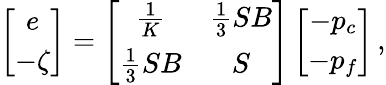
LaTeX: \left[\begin{array}{c}{e}\\ {-\zeta}\end{array}\right]=\left[\begin{array}{ccc}{\frac{1}{K}}&{\frac{1}{3}SB}\\ {\frac{1}{3}SB}&{S}\end{array}\right]\left[\begin{array}{c}{-p_{c}}\\ {-p_{f}}\end{array}\right]\, ,